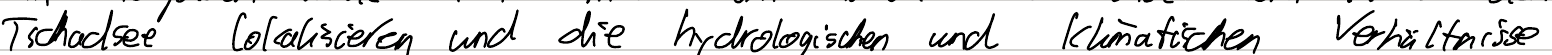
Tschadsee lokalisieren und die hydrologischen und klimatischen Verhältnisse